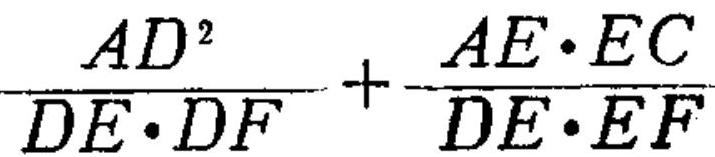
\(\frac{AD^{2}}{DE\cdot DF}+\frac{AE\cdot EC}{DE\cdot EF}\)